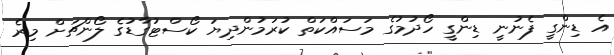
އެ ޑިންގީ ފެނުނީ ޑިންގީ ހޯދުމުގެ މަސައްކަތް ކުރަމުންދިޔަ ކޯސްޓުގާޑުގެ ލޯންޗަށް މިރެ